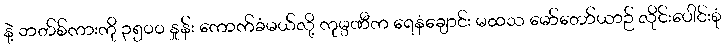
နဲ့ ဘတ်စ်ကားကို ၃၅၀၀ နှုန်း ကောက်ခံမယ်လို့ ကုမ္ပဏီက ရေနံချောင်း မထသ မော်တော်ယာဉ် လိုင်းပေါင်းစုံ